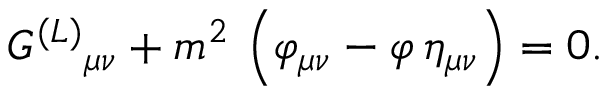
G ^ { ( L ) } { } _ { \mu \nu } + m ^ { 2 } \, \left( \varphi _ { \mu \nu } - \varphi \, \eta _ { \mu \nu } \right) = 0 .